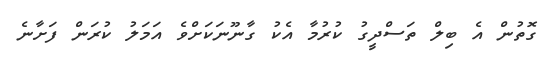
ގޮތުން އެ ބިލް ތަސްދީގު ކުރުމާ އެކު ގާނޫނަކަށްވެ އަމަލު ކުރަން ފަށާނެ